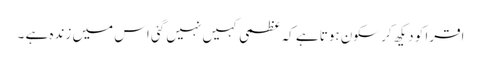
اقرا کو دیکھ کر سکون ہوتا ہے کہ عظمی کہیں نہیں گئی اس میں زندہ ہے ۔